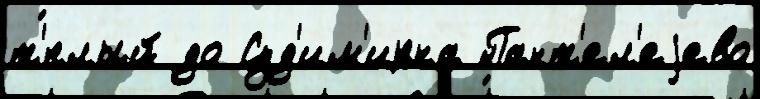
т'́плый до Суд'им'ирка Пант'ел'еjево